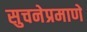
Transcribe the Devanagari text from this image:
सुचनेप्रमाणे